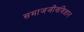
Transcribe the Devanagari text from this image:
समाजजीवविज्ञान